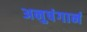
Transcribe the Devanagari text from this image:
अनुषंगानं